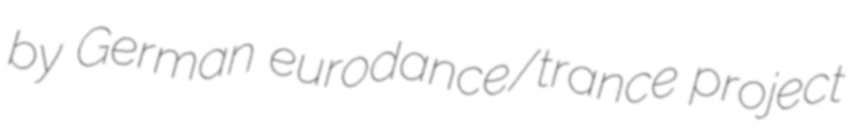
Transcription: by German eurodance/trance project